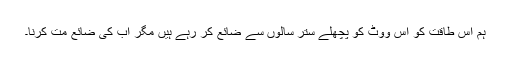
ہم اس طاقت کو اس ووٹ کو پچھلے ستر سالوں سے ضائع کر رہے ہیں مگر اب کی ضائع مت کرنا۔